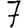
Digit: 7